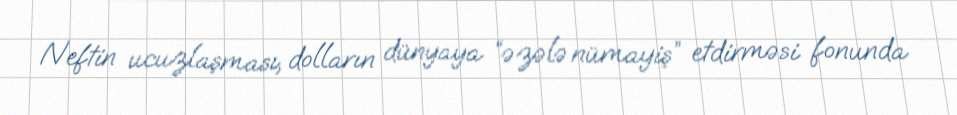
Neftin ucuzlaşması, dolların dünyaya “əzələ nümayiş” etdirməsi fonunda